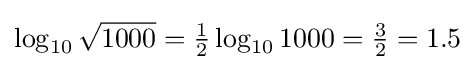
{\textstyle \log _{10}{\sqrt {1000}}={\frac {1}{2}}\log _{10}1000={\frac {3}{2}}=1.5}